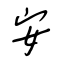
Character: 安